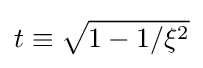
t\equiv {\sqrt {1-1/\xi ^{2}}}